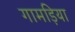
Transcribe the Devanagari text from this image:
गामड़िया